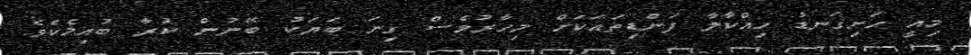
މިއީ ހަށިގަނޑު ހިއްކާލާ ފަންޑިތައަކަށް މިހާރުވެސް ގިނަ ބަޔަކު ބޭނުން ކުރާ ބުއިމެކެވެ.